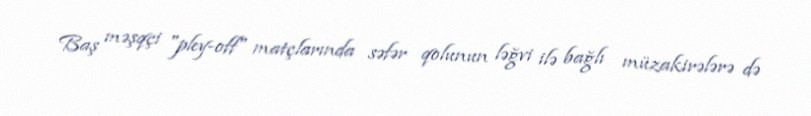
Baş məşqçi "pley-off" matçlarında səfər qolunun ləğvi ilə bağlı müzakirələrə də